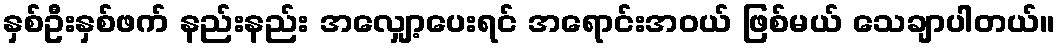
နှစ်ဦးနှစ်ဖက် နည်းနည်း အလျှော့ပေးရင် အရောင်းအဝယ် ဖြစ်မယ် သေချာပါတယ်။